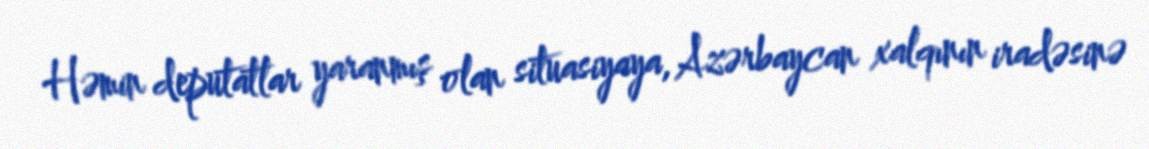
Həmin deputatlar yaranmış olan situasiyaya, Azərbaycan xalqının iradəsinə